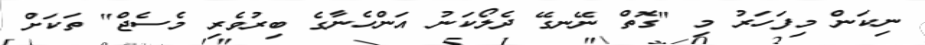
ނިކަން މިފަހަރު މި "ގޮތް ނޭނގޭ ދެލޯކަނު އަންހެނާގެ ބިރުވެރި މެސެޖް" ތަކަށް